Physiological action of certain drugs in tablet form - Number 52A
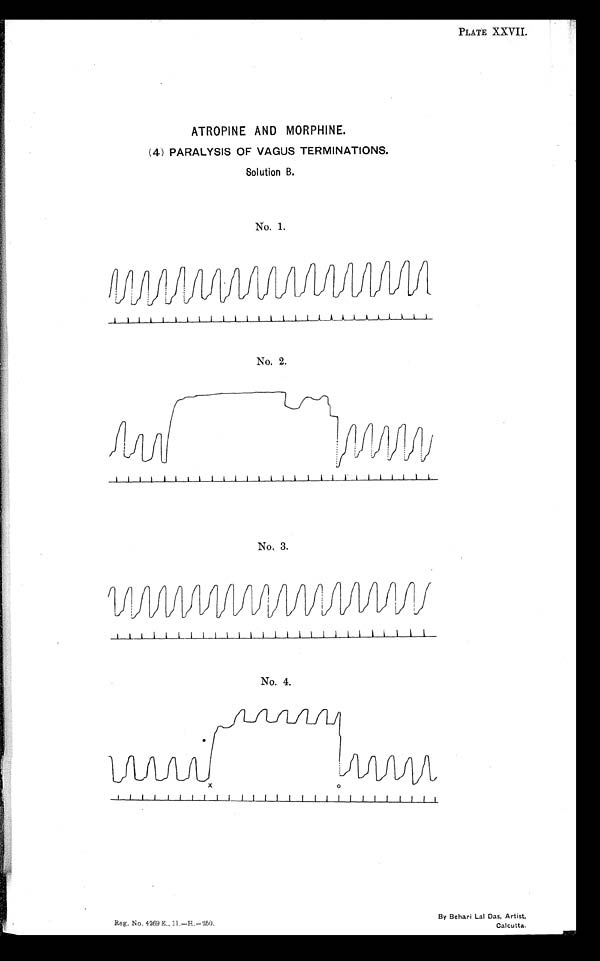
PLATE XXVII.
ATROPINE AND MORPHINE.
(4) PARALYSIS OF VAGUS TERMINATIONS.
Solution B.
No. 1.
No. 2.
No. 3.
No. 4.
Reg. No. 4269E. , 11. —H. —250.
By Behari Lal Das, Artist,
Calcutta.